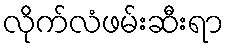
လိုက်လံဖမ်းဆီးရာ